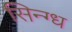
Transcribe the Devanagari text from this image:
सिन्ग्ध